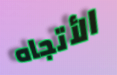
الأتجاه